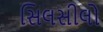
સિલસીલો